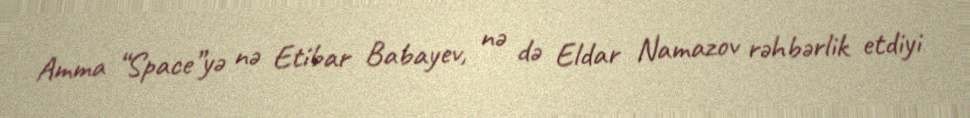
Amma “Space”yə nə Etibar Babayev, nə də Eldar Namazov rəhbərlik etdiyi